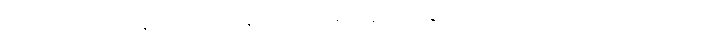
လိုက်ပါကူညီပေးနေတဲ့ ရှမ်းပြည်နယ်၊ ကချင်ရှေ့နေများကွန်ရက် ဥက္ကဋ္ဌ တရားလွှတ်တော်ရှေ့နေ